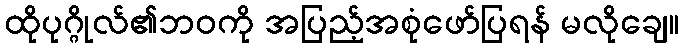
ထိုပုဂ္ဂိုလ်၏ဘဝကို အပြည့်အစုံဖော်ပြရန် မလိုချေ။